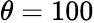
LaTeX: \theta=100